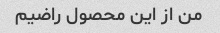
من از این محصول راضیم